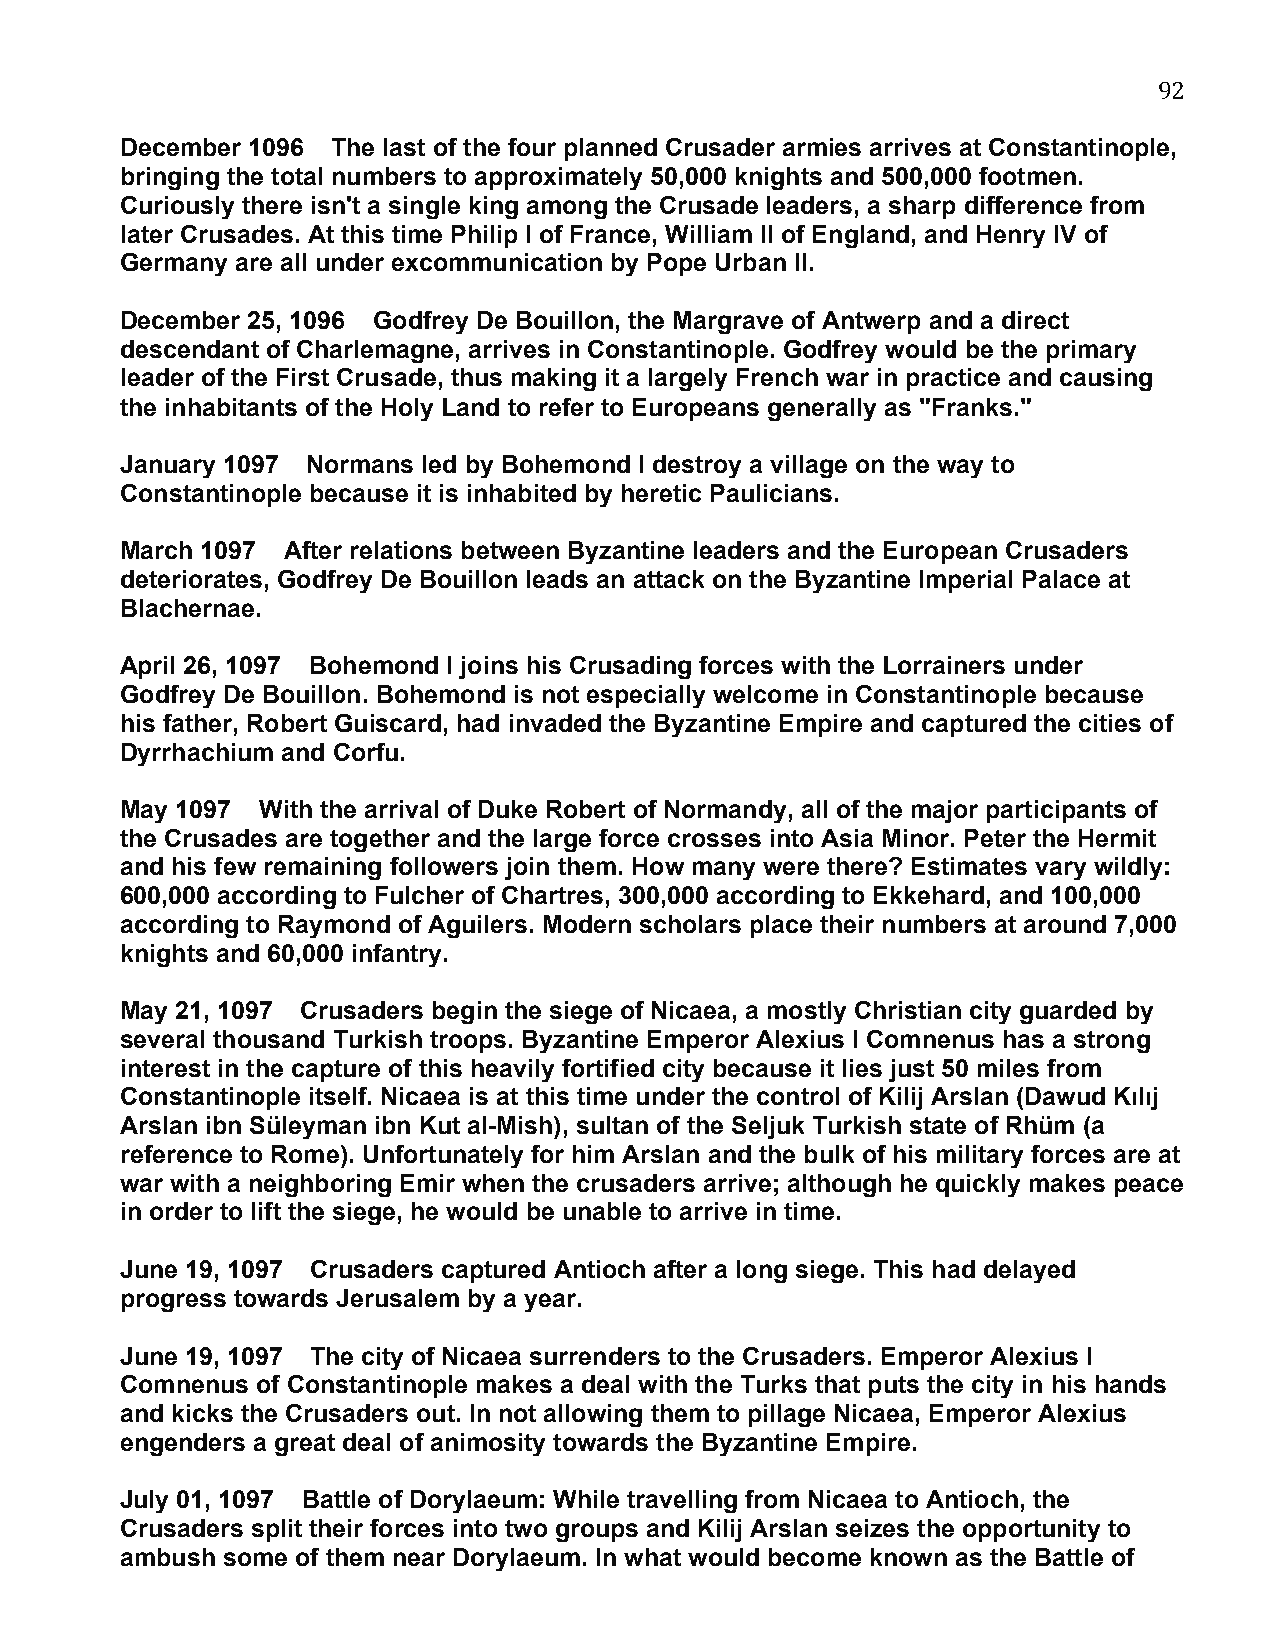
92
 December 1096 The last of the four planned Crusader armies arrives at Constantinople,
 bringing the total numbers to approximately 50,000 knights and 500,000 footmen.
 Curiously there isn't a single king among the Crusade leaders, a sharp difference from
 later Crusades. At this time Philip I of France, William II of England, and Henry IV of
 Germany are all under excommunication by Pope Urban II.
 December 25, 1096 Godfrey De Bouillon, the Margrave of Antwerp and a direct
 descendant of Charlemagne, arrives in Constantinople. Godfrey would be the primary
 leader of the First Crusade, thus making it a largely French war in practice and causing
 the inhabitants of the Holy Land to refer to Europeans generally as "Franks."
 January 1097 Normans led by Bohemond I destroy a village on the way to
 Constantinople because it is inhabited by heretic Paulicians.
 March 1097 After relations between Byzantine leaders and the European Crusaders
 deteriorates, Godfrey De Bouillon leads an attack on the Byzantine Imperial Palace at
 Blachernae.
 April 26, 1097 Bohemond I joins his Crusading forces with the Lorrainers under
 Godfrey De Bouillon. Bohemond is not especially welcome in Constantinople because
 his father, Robert Guiscard, had invaded the Byzantine Empire and captured the cities of
 Dyrrhachium and Corfu.
 May 1097 With the arrival of Duke Robert of Normandy, all of the major participants of
 the Crusades are together and the large force crosses into Asia Minor. Peter the Hermit
 and his few remaining followers join them. How many were there? Estimates vary wildly:
 600,000 according to Fulcher of Chartres, 300,000 according to Ekkehard, and 100,000
 according to Raymond of Aguilers. Modern scholars place their numbers at around 7,000
 knights and 60,000 infantry.
 May 21, 1097 Crusaders begin the siege of Nicaea, a mostly Christian city guarded by
 several thousand Turkish troops. Byzantine Emperor Alexius I Comnenus has a strong
 interest in the capture of this heavily fortified city because it lies just 50 miles from
 Constantinople itself. Nicaea is at this time under the control of Kilij Arslan (Dawud Kılıj
 Arslan ibn Süleyman ibn Kut al-Mish), sultan of the Seljuk Turkish state of Rhüm (a
 reference to Rome). Unfortunately for him Arslan and the bulk of his military forces are at
 war with a neighboring Emir when the crusaders arrive; although he quickly makes peace
 in order to lift the siege, he would be unable to arrive in time.
 June 19, 1097 Crusaders captured Antioch after a long siege. This had delayed
 progress towards Jerusalem by a year.
 June 19, 1097 The city of Nicaea surrenders to the Crusaders. Emperor Alexius I
 Comnenus of Constantinople makes a deal with the Turks that puts the city in his hands
 and kicks the Crusaders out. In not allowing them to pillage Nicaea, Emperor Alexius
 engenders a great deal of animosity towards the Byzantine Empire.
 July 01, 1097 Battle of Dorylaeum: While travelling from Nicaea to Antioch, the
 Crusaders split their forces into two groups and Kilij Arslan seizes the opportunity to
 ambush some of them near Dorylaeum. In what would become known as the Battle of